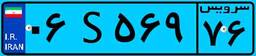
۰۶S۵۶۹۷۶